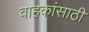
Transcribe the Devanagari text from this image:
वाहकांसाठी